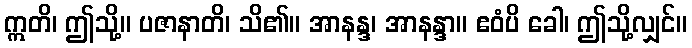
ဣတိ၊ ဤသို့။ ပဇာနာတိ၊ သိ၏။ အာနန္ဒ၊ အာနန္ဒာ။ ဧဝံပိ ခေါ၊ ဤသို့လျှင်။